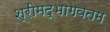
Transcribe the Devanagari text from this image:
श्रीमद्भागवतम